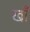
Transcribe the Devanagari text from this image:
खॉं